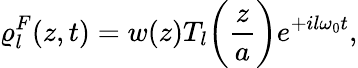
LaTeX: \varrho_{l}^{F}(z,t)=w(z)T_{l}\bigg(\frac{z}{a}\bigg)e^{+il\omega_{0}t},